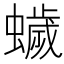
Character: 𮕃